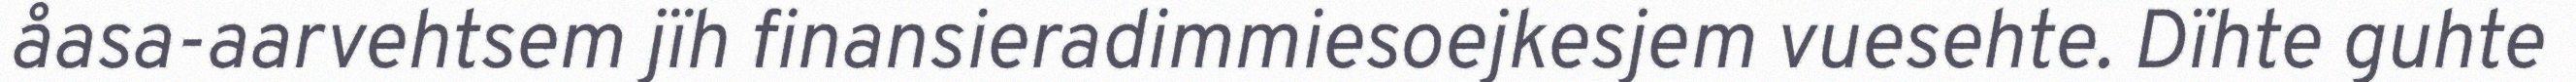
åasa-aarvehtsem jïh finansieradimmiesoejkesjem vuesehte. Dïhte guhte